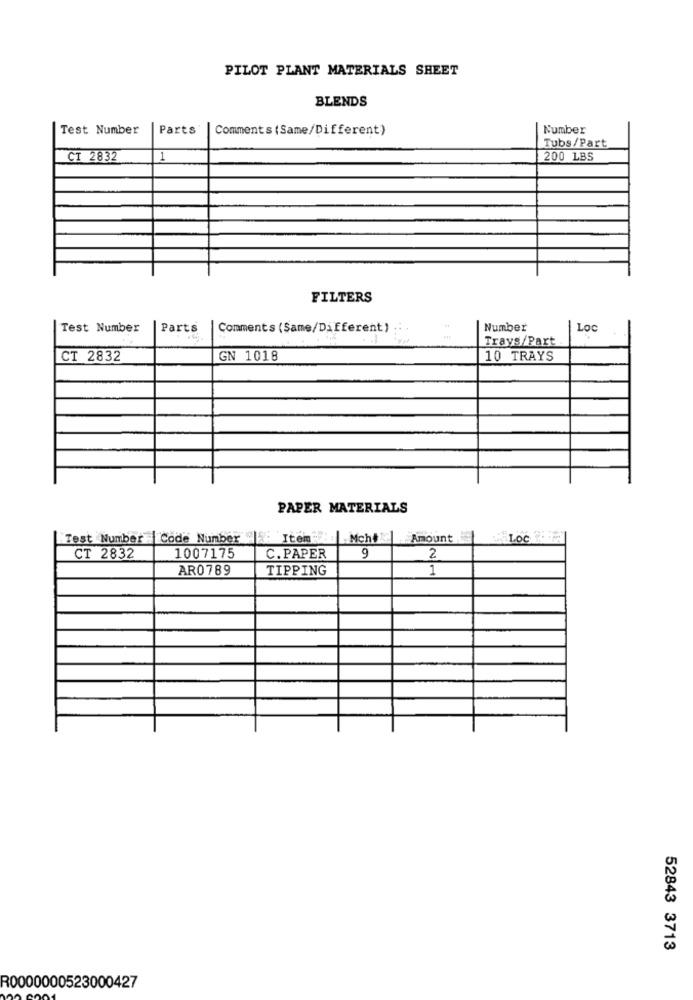
PILOT PLANT MATERIALS SHEET
BLENDS
Test Number
Parts
Comments (Same/Different)
Number
Tubs/Part
CT 2832
1
200 LBS
FILTERS
Test Number
Parts
Comments (Same/Different)
Number
Loc
Trays/Part
CT 2832
GN 1018
10 TRAYS
PAPER MATERIALS
"Test Number Code Number | Item : Mcht
Amount
CT 2832
1007175
C. PAPER
9
2
AR0789
TIPPING
1
52843 3713
R0000000523000427